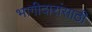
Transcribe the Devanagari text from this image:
भागीदारांसाठी